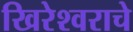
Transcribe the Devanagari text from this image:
खिरेश्वराचे